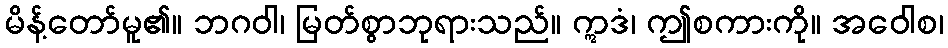
မိန့်တော်မူ၏။ ဘဂဝါ၊ မြတ်စွာဘုရားသည်။ ဣဒံ၊ ဤစကားကို။ အဝေါစ၊